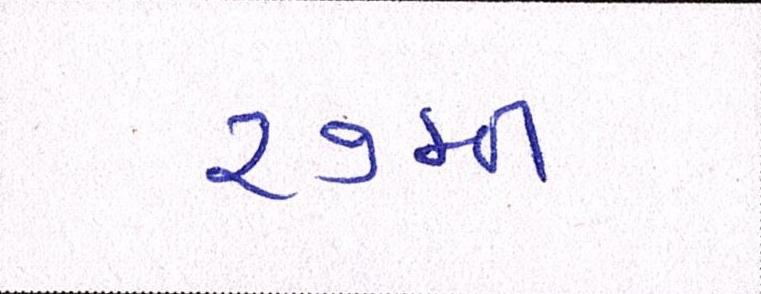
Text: ૨૭મી